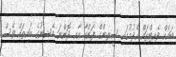
ބައެއް ވެއިޓްތައް ހެދުމުގައި ސީލިންގް ފަންކާ އާއި ދޮންނަ މެޝިނުގެ ބައިތައް ވެސް